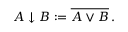
\begin{array} { r } { A \downarrow B : = \overline { { A \vee B } } \, . } \end{array}